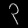
Digit: ၃